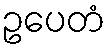
ဥပေတံ